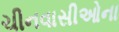
ચીનવાસીઓના